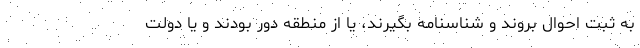
به ثبت احوال بروند و شناسنامه بگیرند، یا از منطقه دور بودند و یا دولت